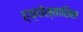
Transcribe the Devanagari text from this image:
ह्य्पोस्तासिस